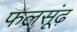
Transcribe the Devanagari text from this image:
फलसूंढ़